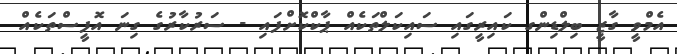
އެމްވީ ގާޒީ ބިލްޑިންގ ކައިރީގައި ސައިކަލްތަކެއް ޕާކްކޮށްފައި - ސަރުކާރުގެ ގިނަ އޮފީސްތަކެއް